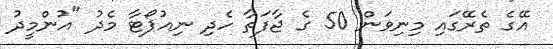
އޭގެ ތެރޭގައި މިނިވަން 50 ގެ ޖާފަތާ ހެދި ނިއުޕޯޓާ މެދު "އުންމީދު